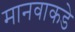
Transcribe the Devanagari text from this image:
मानवाकडे